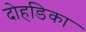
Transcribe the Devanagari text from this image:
दोहडिका